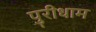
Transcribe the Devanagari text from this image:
पुरीधाम